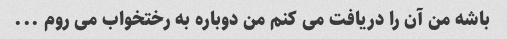
باشه من آن را دریافت می کنم من دوباره به رختخواب می روم ...